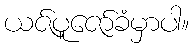
ယဇ်ပူဇော်ခံမှာပါ။